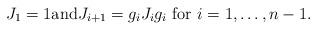
LaTeX: \begin{align*} J_1=1 \mbox{and} J_{i+1}=g_iJ_ig_i \mbox{ for } i=1,\ldots,n-1. \end{align*}